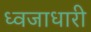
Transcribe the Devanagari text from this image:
ध्‍वजाधारी